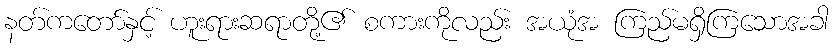
နတ်ကတော်နှင့် ဟူးရားဆရာတို့၏ စကားကိုလည်း အယုံအ ကြည်မရှိကြသောအခါ